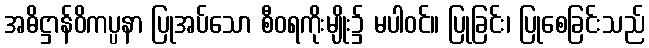
အဓိဋ္ဌာန်ဝိကပ္ပနာ ပြုအပ်သော စီဝရကိုးမျိုး၌ မပါဝင်။ ပြုခြင်း၊ ပြုစေခြင်းသည်